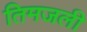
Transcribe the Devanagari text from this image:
तिमजली